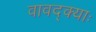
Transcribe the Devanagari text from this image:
वावद्क्याः